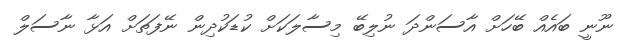
ނޫނީ ބައެއް ބޭހަށް އާސަންދަ ނުލިބޭ މިސާލަކަށް ކުޑަކުދިން ނޭފަތަށް އަޅާ ނާސަލް